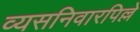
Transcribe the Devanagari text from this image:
व्यसनिवारपिल्ले